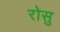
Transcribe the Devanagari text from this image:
रोसु